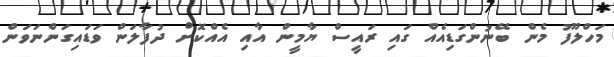
މަހްލޫފު މެން ބޭނުންގަޑިއެއް ގައި ރައީސް ޔާމީން އާއި އެއްކޮށް ދުފާލަން ވަޑައިގަންނަވަން